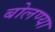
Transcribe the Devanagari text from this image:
बोलण्या